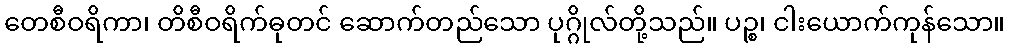
တေစီဝရိကာ၊ တိစီဝရိက်ဓုတင် ဆောက်တည်သော ပုဂ္ဂိုလ်တို့သည်။ ပဉ္စ၊ ငါးယောက်ကုန်သော။